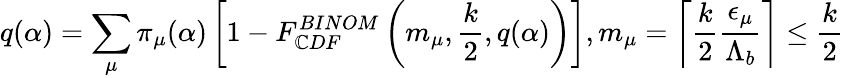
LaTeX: q(\alpha)=\sum_{\mu}{\pi}_{\mu}(\alpha)\left[1-F_{\mathbb{C}DF}^{BINOM}\left(m_{\mu},\frac{{k}}{{2}},q(\alpha)\right)\right],m_{\mu}=\left\lceil{\frac{{k}}{{2}}\frac{{{\epsilon}_{\mu}}}{{{\Lambda}_{b}}}}\right\rceil\leq\frac{{k}}{{2}}